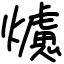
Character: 爈